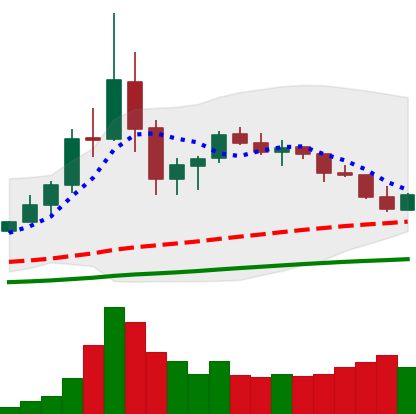
Ticker: TRX-USD
Chart end date: 2020-09-17
Forward return: -10.888%
Label: down_7plus